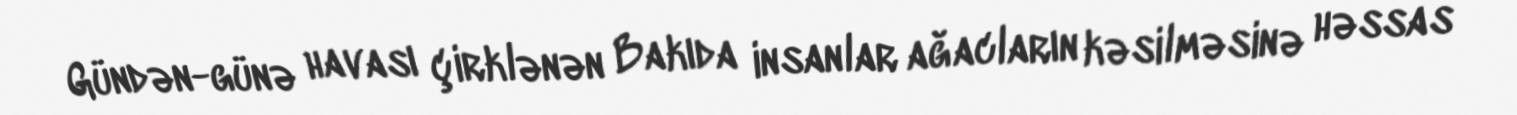
Gündən-günə havası çirklənən Bakıda insanlar ağacların kəsilməsinə həssas